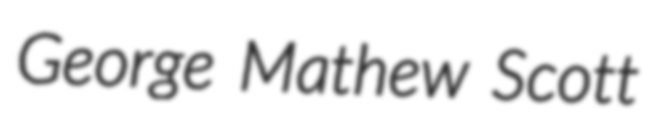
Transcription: George Mathew Scott